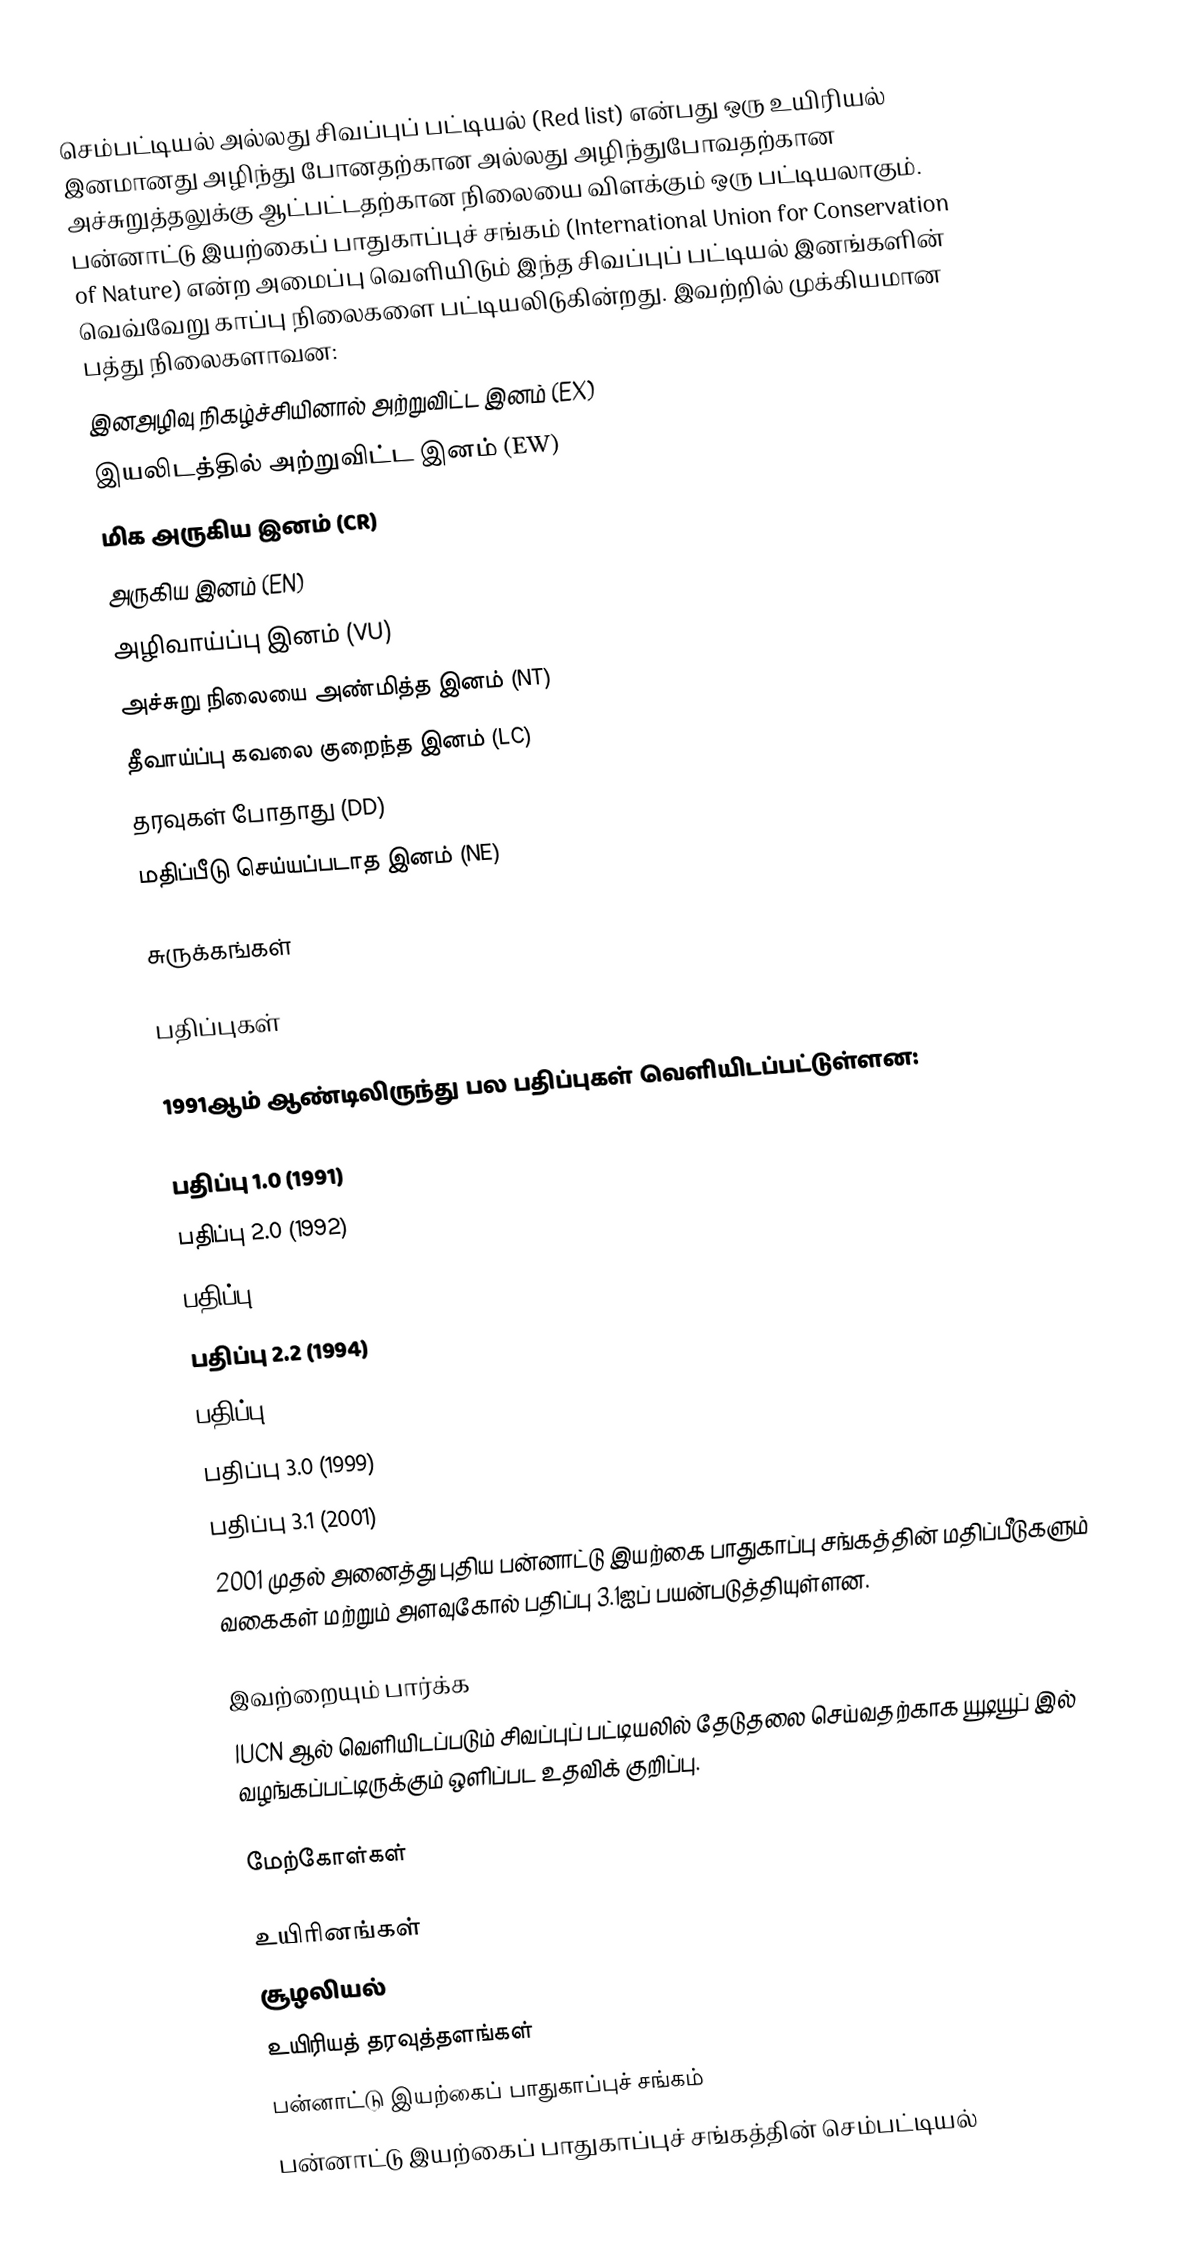
செம்பட்டியல் அல்லது சிவப்புப் பட்டியல் (Red list) என்பது ஒரு உயிரியல் இனமானது அழிந்து போனதற்கான அல்லது அழிந்துபோவதற்கான அச்சுறுத்தலுக்கு ஆட்பட்டதற்கான நிலையை விளக்கும் ஒரு பட்டியலாகும். பன்னாட்டு இயற்கைப் பாதுகாப்புச் சங்கம் (International Union for Conservation of Nature) என்ற அமைப்பு வெளியிடும் இந்த சிவப்புப் பட்டியல் இனங்களின் வெவ்வேறு காப்பு நிலைகளை பட்டியலிடுகின்றது. இவற்றில் முக்கியமான பத்து நிலைகளாவன:
 இனஅழிவு நிகழ்ச்சியினால் அற்றுவிட்ட இனம் (EX)
 இயலிடத்தில் அற்றுவிட்ட இனம் (EW)
 மிக அருகிய இனம் (CR)
 அருகிய இனம் (EN)
 அழிவாய்ப்பு இனம் (VU)
 அச்சுறு நிலையை அண்மித்த இனம் (NT)
 தீவாய்ப்பு கவலை குறைந்த இனம் (LC)
 தரவுகள் போதாது (DD)
 மதிப்பீடு செய்யப்படாத இனம் (NE)

சுருக்கங்கள்

பதிப்புகள்

1991ஆம் ஆண்டிலிருந்து பல பதிப்புகள் வெளியிடப்பட்டுள்ளன:

 பதிப்பு 1.0 (1991)
 பதிப்பு 2.0 (1992)
 பதிப்பு 2.1 (1993)
 பதிப்பு 2.2 (1994)
 பதிப்பு 2.3 (1994)
 பதிப்பு 3.0 (1999)
 பதிப்பு 3.1 (2001)
2001 முதல் அனைத்து புதிய பன்னாட்டு இயற்கை பாதுகாப்பு சங்கத்தின் மதிப்பீடுகளும் வகைகள் மற்றும் அளவுகோல் பதிப்பு 3.1ஐப் பயன்படுத்தியுள்ளன.

இவற்றையும் பார்க்க
 IUCN ஆல் வெளியிடப்படும் சிவப்புப் பட்டியலில் தேடுதலை செய்வதற்காக யூடியூப் இல் வழங்கப்பட்டிருக்கும் ஒளிப்பட உதவிக் குறிப்பு.

மேற்கோள்கள்

உயிரினங்கள்
சூழலியல்
உயிரியத் தரவுத்தளங்கள்
பன்னாட்டு இயற்கைப் பாதுகாப்புச் சங்கம்
பன்னாட்டு இயற்கைப் பாதுகாப்புச் சங்கத்தின் செம்பட்டியல்